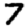
Digit: 7